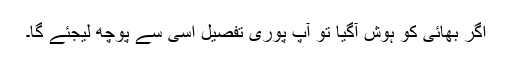
اگر بھائی کو ہوش آگیا تو آپ پوری تفصیل اسی سے پوچھ لیجئے گا۔